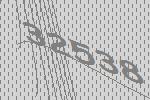
32538